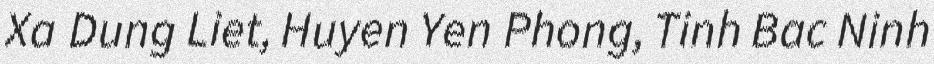
Xa Dung Liet, Huyen Yen Phong, Tinh Bac Ninh